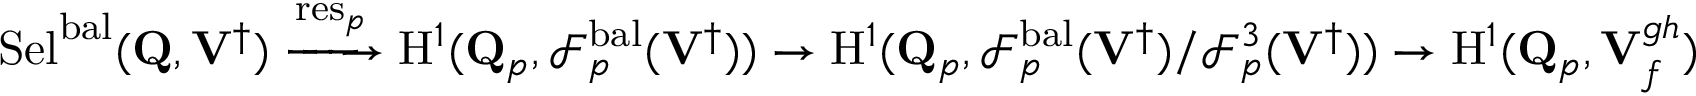
\mathrm { S e l } ^ { \mathrm { b a l } } ( \mathbf { Q } , { \mathbf { V } ^ { \dagger } } ) \xrightarrow { \mathrm { r e s } _ { p } } { \mathrm { H } } ^ { 1 } ( \mathbf { Q } _ { p } , \mathscr { F } _ { p } ^ { \mathrm { b a l } } ( { \mathbf { V } ^ { \dagger } } ) ) \rightarrow { \mathrm { H } } ^ { 1 } ( \mathbf { Q } _ { p } , \mathscr { F } _ { p } ^ { \mathrm { b a l } } ( { \mathbf { V } ^ { \dagger } } ) / \mathscr { F } _ { p } ^ { 3 } ( { \mathbf { V } ^ { \dagger } } ) ) \rightarrow { \mathrm { H } } ^ { 1 } ( \mathbf { Q } _ { p } , \mathbf { V } _ { { \boldsymbol { f } } } ^ { { \boldsymbol { g } } { \boldsymbol { h } } } )